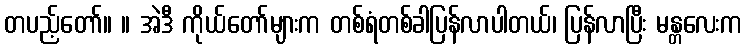
တပည့်တော်။ ။ အဲဒီ ကိုယ်တော်များက တစ်ရံတစ်ခါပြန်လာပါတယ်၊ ပြန်လာပြီး မန္တလေးက